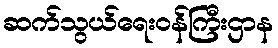
ဆက်သွယ်ရေးဝန်ကြီးဌာန